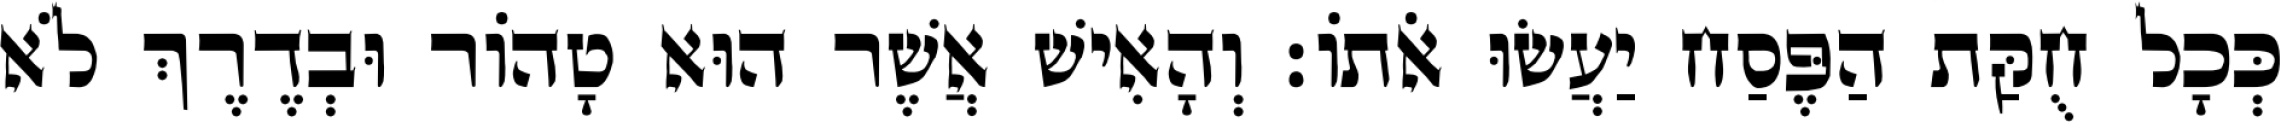
כְּכָל חֻקַּת הַפֶּסַח יַעֲשׂוּ אֹתוֹ׃ וְהָאִישׁ אֲשֶׁר הוּא טָהוֹר וּבְדֶרֶךְ לֹא